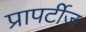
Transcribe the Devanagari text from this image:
प्रापर्टीज़